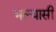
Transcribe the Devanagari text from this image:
भल्यासी